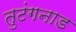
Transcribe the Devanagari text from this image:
तुटंगनाड